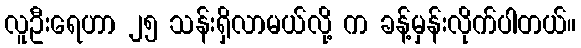
လူဦးရေဟာ ၂၅ သန်းရှိလာမယ်လို့ က ခန့်မှန်းလိုက်ပါတယ်။